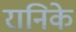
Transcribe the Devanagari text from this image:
रानिके